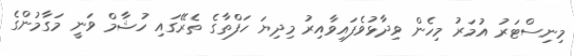
މިނިސްޓަރު އުމަރު މިހެން ވިދާޅުވެފައިވާއިރު މިދިޔަ ހަފްތާގެ ތެރޭގައި ހުޝާމް ވަނީ މަގާމުންގެ